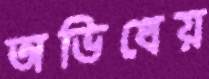
অভিধেয়